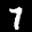
Label: 7